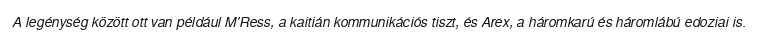
A legénység között ott van például M'Ress, a kaitián kommunikációs tiszt, és Arex, a háromkarú és háromlábú edoziai is.